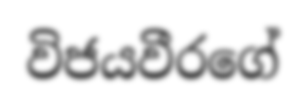
විජයවීරගේ